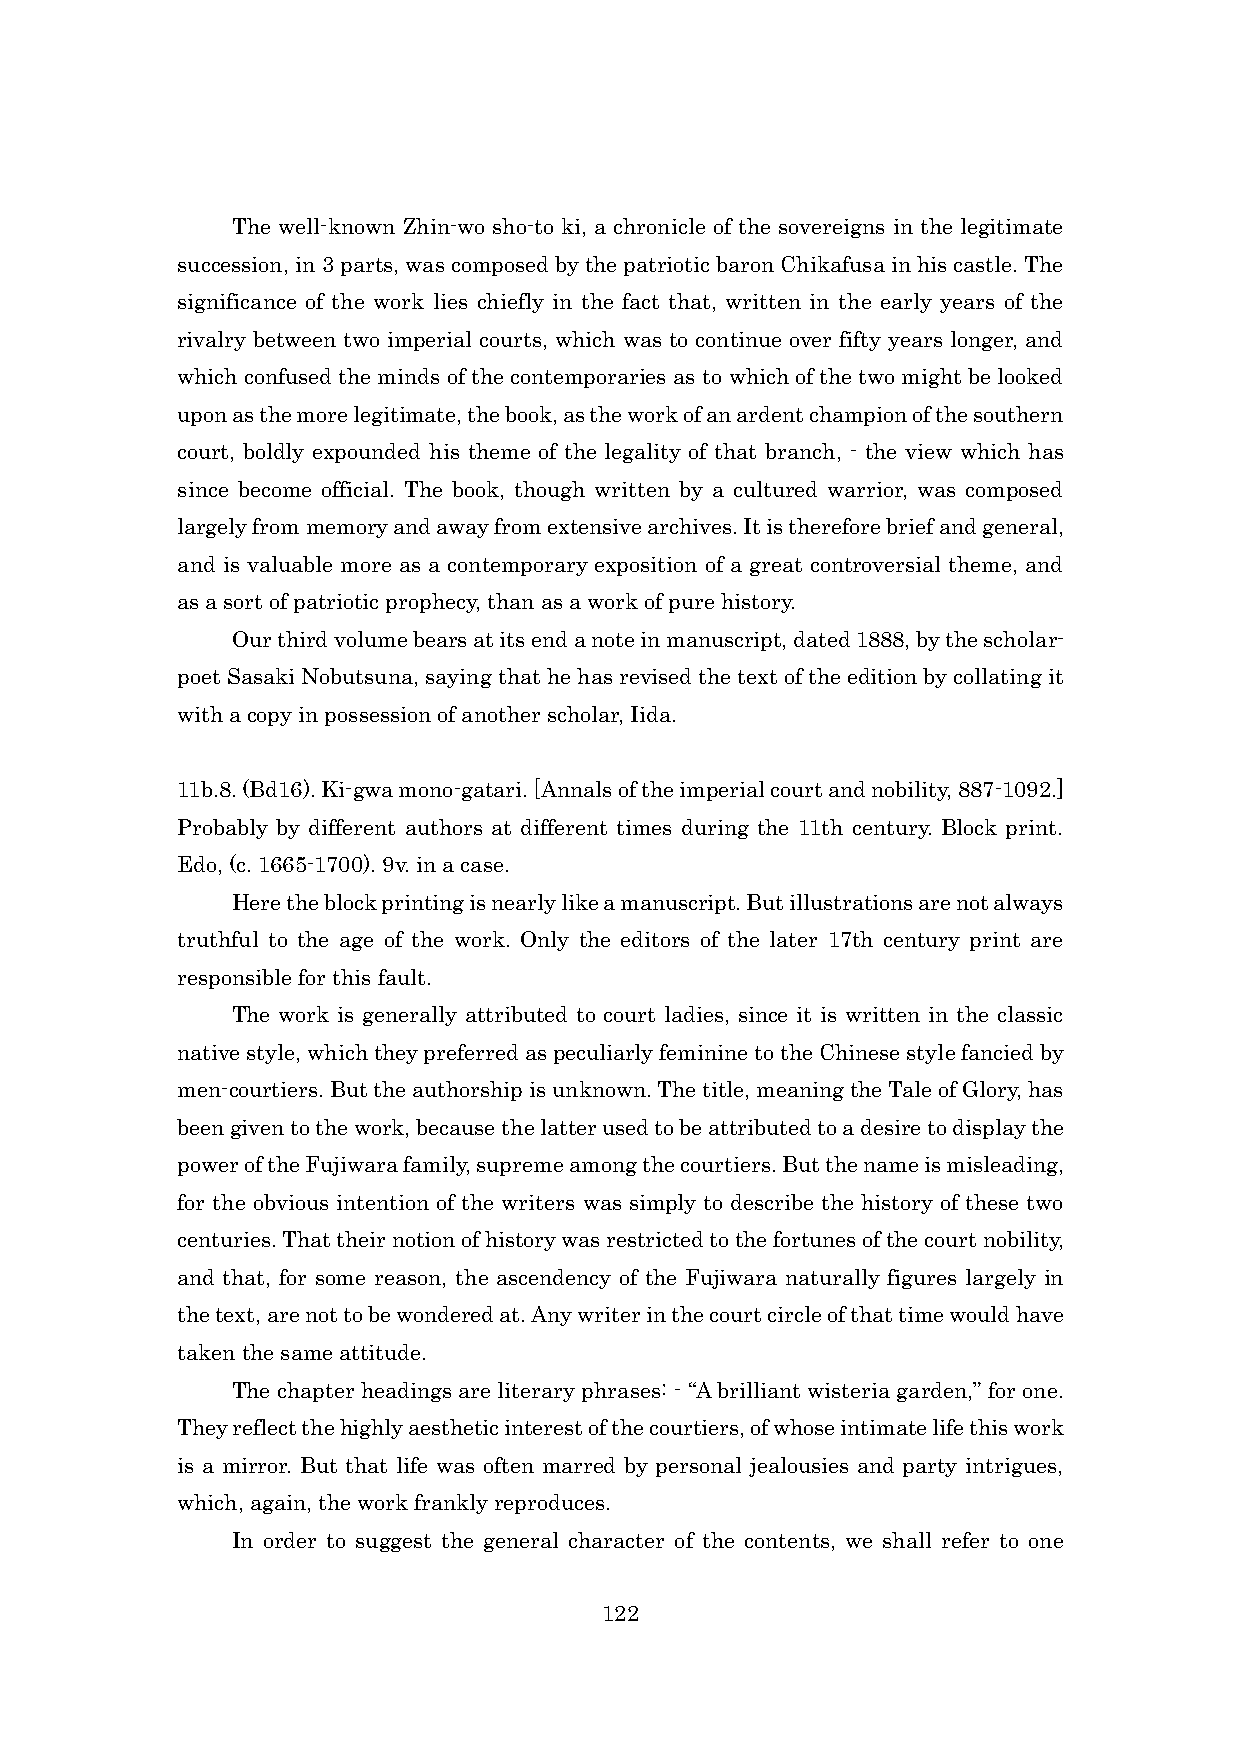
The well-known Zhin-wo sho-to ki, a chronicle of the sovereigns in the legitimate
 succession, in 3 parts, was composed by the patriotic baron Chikafusa in his castle. The
 significance of the work lies chiefly in the fact that, written in the early years of the
 rivalry between two imperial courts, which was to continue over fifty years longer, and
 which confused the minds of the contemporaries as to which of the two might be looked
 upon as the more legitimate, the book, as the work of an ardent champion of the southern
 court, boldly expounded his theme of the legality of that branch, - the view which has
 since become official. The book, though written by a cultured warrior, was composed
 largely from memory and away from extensive archives. It is therefore brief and general,
 and is valuable more as a contemporary exposition of a great controversial theme, and
 as a sort of patriotic prophecy, than as a work of pure history.
 Our third volume bears at its end a note in manuscript, dated 1888, by the scholar-
 poet Sasaki Nobutsuna, saying that he has revised the text of the edition by collating it
 with a copy in possession of another scholar, Iida.
 11b.8. (Bd16). Ki-gwa mono-gatari. [Annals of the imperial court and nobility, 887-1092.]
 Probably by different authors at different times during the 11th century. Block print.
 Edo, (c. 1665-1700). 9v. in a case.
 Here the block printing is nearly like a manuscript. But illustrations are not always
 truthful to the age of the work. Only the editors of the later 17th century print are
 responsible for this fault.
 The work is generally attributed to court ladies, since it is written in the classic
 native style, which they preferred as peculiarly feminine to the Chinese style fancied by
 men-courtiers. But the authorship is unknown. The title, meaning the Tale of Glory, has
 been given to the work, because the latter used to be attributed to a desire to display the
 power of the Fujiwara family, supreme among the courtiers. But the name is misleading,
 for the obvious intention of the writers was simply to describe the history of these two
 centuries. That their notion of history was restricted to the fortunes of the court nobility,
 and that, for some reason, the ascendency of the Fujiwara naturally figures largely in
 the text, are not to be wondered at. Any writer in the court circle of that time would have
 taken the same attitude.
 The chapter headings are literary phrases: - “A brilliant wisteria garden,” for one.
 They reflect the highly aesthetic interest of the courtiers, of whose intimate life this work
 is a mirror. But that life was often marred by personal jealousies and party intrigues,
 which, again, the work frankly reproduces.
 In order to suggest the general character of the contents, we shall refer to one
 122